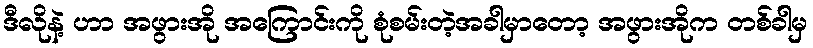
ဒီလိုနဲ့ ဟာ အဖွားအို အကြောင်းကို စုံစမ်းတဲ့အခါမှာတော့ အဖွားအိုက တစ်ခါမှ